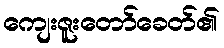
ကျေးဇူးတော်ခေတ်၏